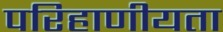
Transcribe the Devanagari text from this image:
परिहाणीयता